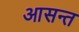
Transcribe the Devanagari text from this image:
आसन्त